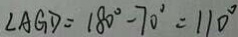
\angle A G D = 1 8 0 ^ { \circ } - 7 0 ^ { \circ } = 1 1 0 ^ { \circ }